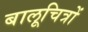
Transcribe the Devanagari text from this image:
बालूचित्रों